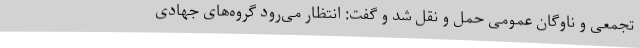
تجمعی و ناوگان عمومی حمل و نقل شد و گفت: انتظار می‌رود گروه‌های جهادی